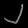
Digit: ၂